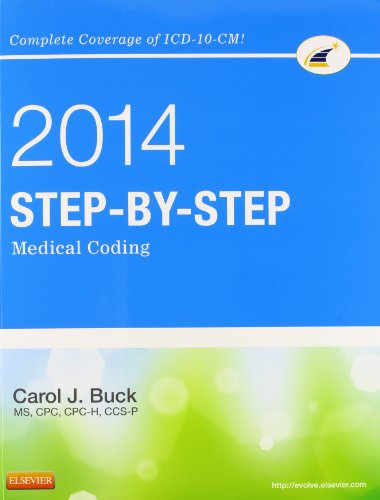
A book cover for Step-by-Step Medical Coding, 2014 Edition, 1e; Carol J. Buck MS  CPC  CCS-P; Medical Books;